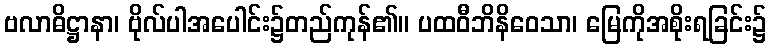
ဗလာဓိဋ္ဌာနာ၊ ဗိုလ်ပါအပေါင်း၌တည်ကုန်၏။ ပထဝီဘိနိဝေသာ၊ မြေကိုအစိုးရခြင်း၌